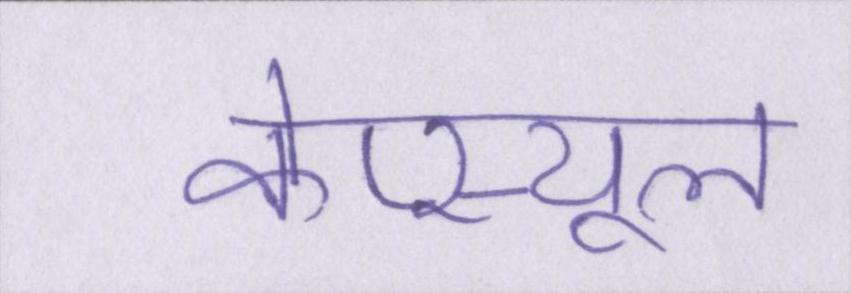
केप्स्यूल